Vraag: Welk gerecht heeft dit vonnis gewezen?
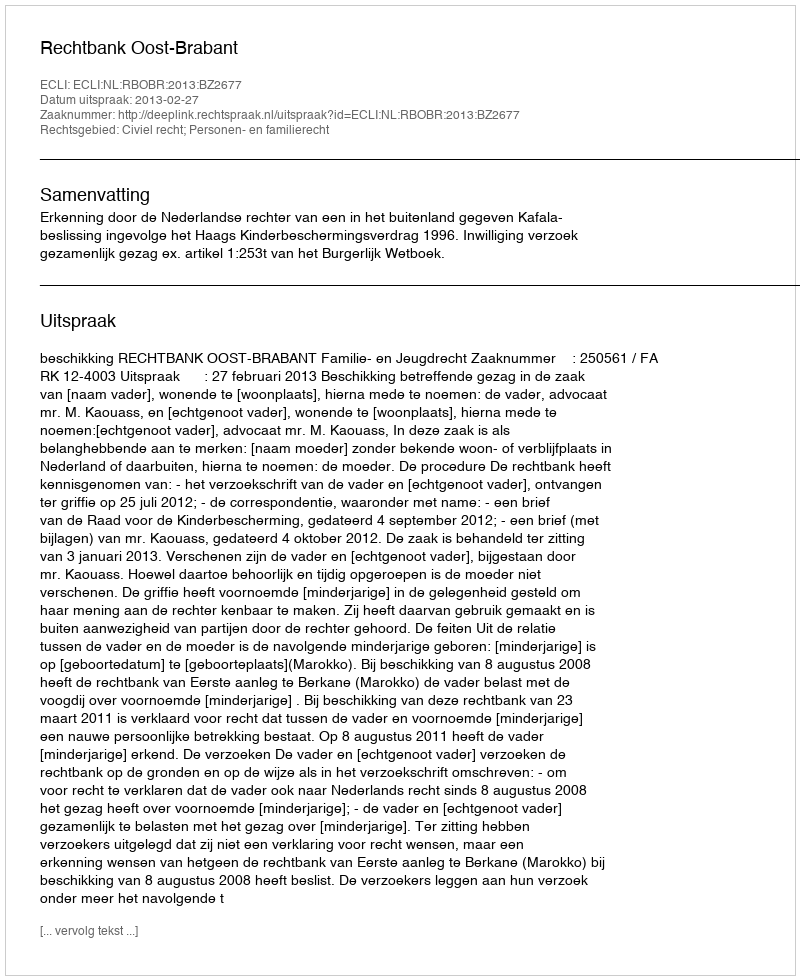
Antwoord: Rechtbank Oost-Brabant